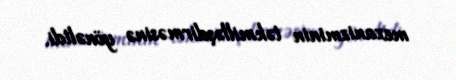
mexanizminin təkmilləşdirməsinə yönəltdi.